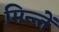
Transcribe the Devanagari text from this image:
मिन्न्तें